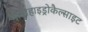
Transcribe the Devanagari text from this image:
मोनोहाइड्रोकैल्साइट